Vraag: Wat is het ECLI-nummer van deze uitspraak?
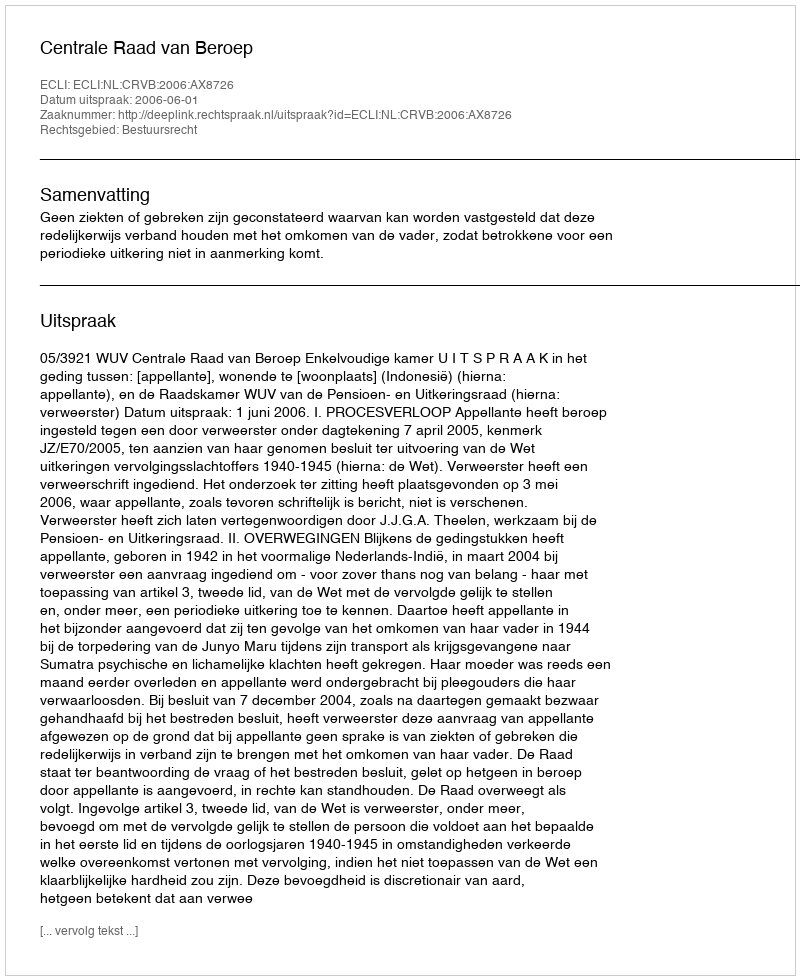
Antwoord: ECLI:NL:CRVB:2006:AX8726